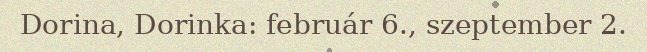
Dorina, Dorinka: február 6., szeptember 2.